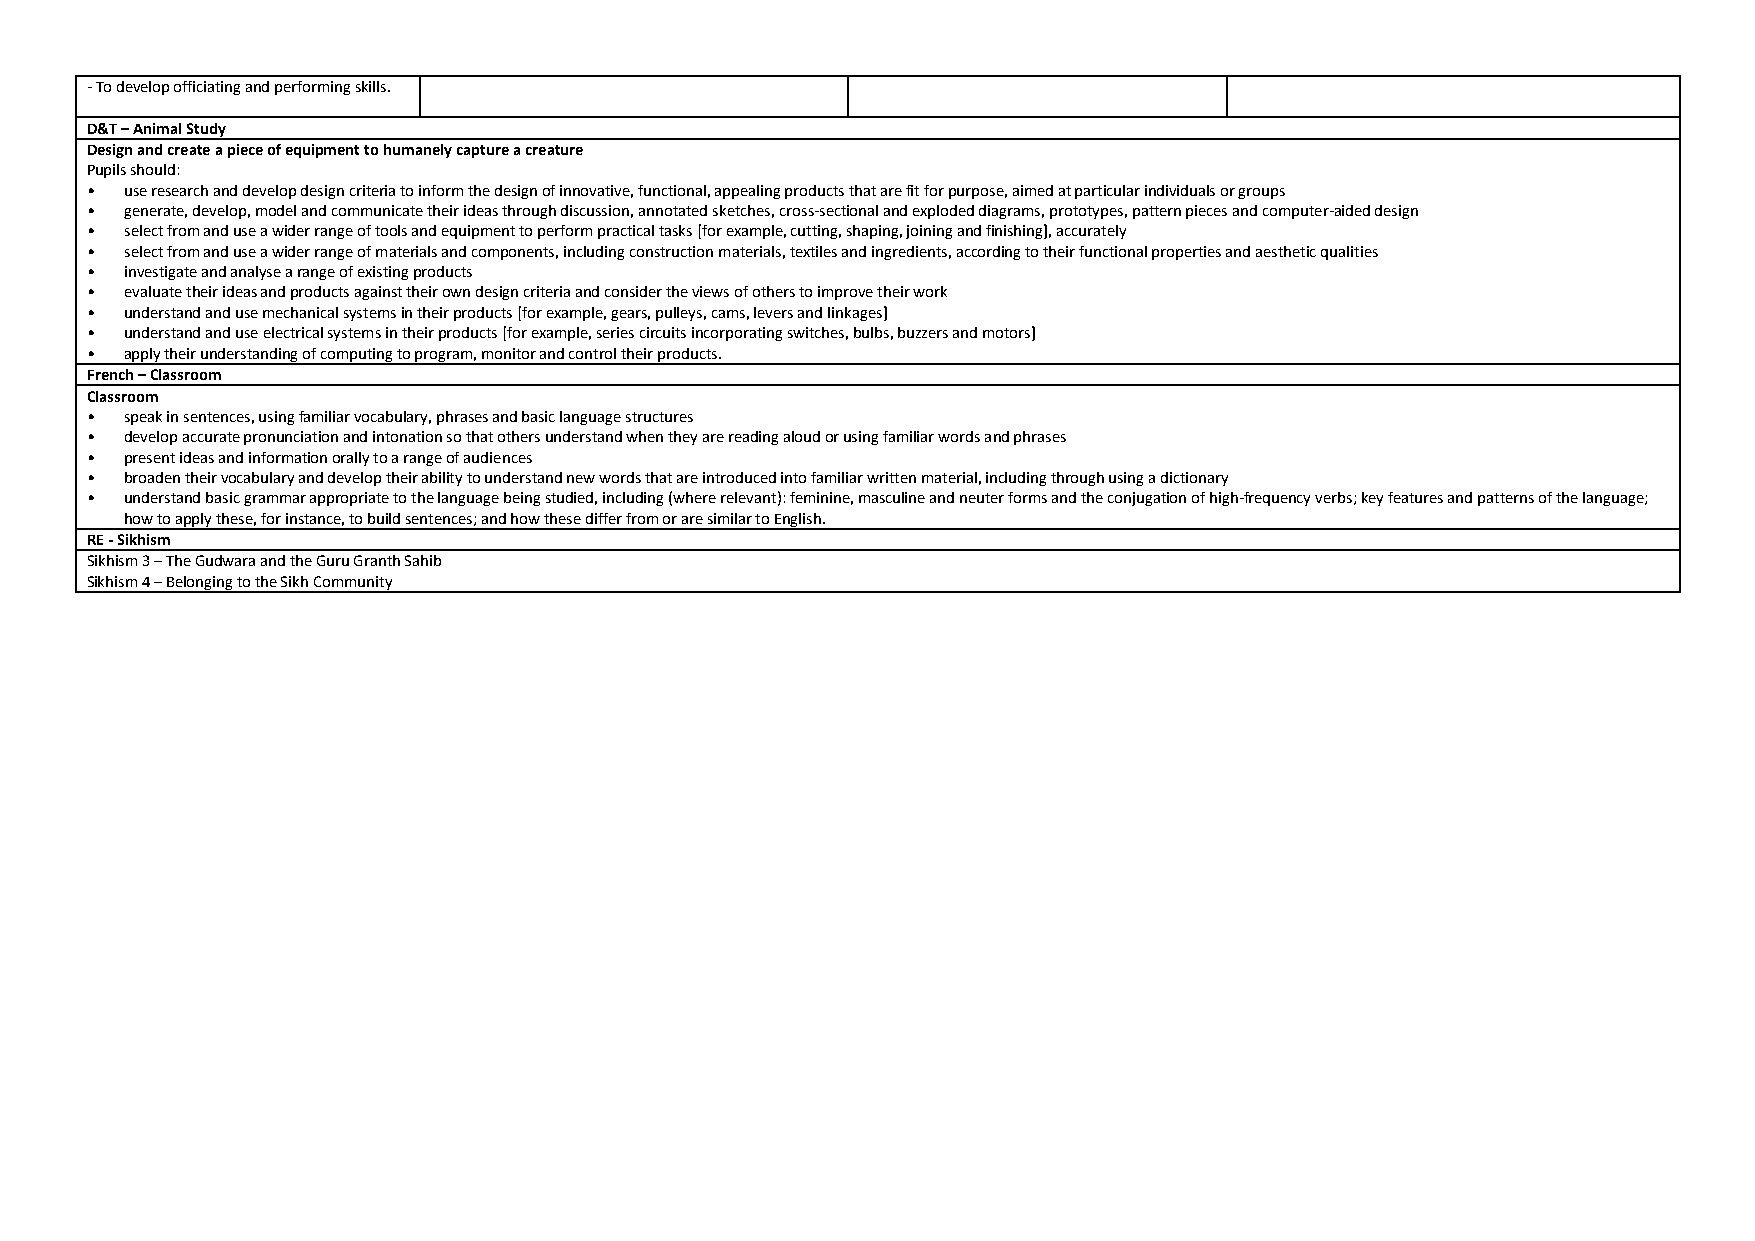
- To develop officiating and performing skills.
 D&T – Animal Study
 Design and create a piece of equipment to humanely capture a creature
 Pupils should:
 • use research and develop design criteria to inform the design of innovative, functional, appealing products that are fit for purpose, aimed at particular individuals or groups
 • generate, develop, model and communicate their ideas through discussion, annotated sketches, cross-sectional and exploded diagrams, prototypes, pattern pieces and computer-aided design
 • select from and use a wider range of tools and equipment to perform practical tasks [for example, cutting, shaping, joining and finishing], accurately
 • select from and use a wider range of materials and components, including construction materials, textiles and ingredients, according to their functional properties and aesthetic qualities
 • investigate and analyse a range of existing products
 • evaluate their ideas and products against their own design criteria and consider the views of others to improve their work
 • understand and use mechanical systems in their products [for example, gears, pulleys, cams, levers and linkages]
 • understand and use electrical systems in their products [for example, series circuits incorporating switches, bulbs, buzzers and motors]
 • apply their understanding of computing to program, monitor and control their products.
 French – Classroom
 Classroom
 • speak in sentences, using familiar vocabulary, phrases and basic language structures
 • develop accurate pronunciation and intonation so that others understand when they are reading aloud or using familiar words and phrases
 • present ideas and information orally to a range of audiences
 • broaden their vocabulary and develop their ability to understand new words that are introduced into familiar written material, including through using a dictionary
 • understand basic grammar appropriate to the language being studied, including (where relevant): feminine, masculine and neuter forms and the conjugation of high-frequency verbs; key features and patterns of the language;
 how to apply these, for instance, to build sentences; and how these differ from or are similar to English.
 RE - Sikhism
 Sikhism 3 – The Gudwara and the Guru Granth Sahib
 Sikhism 4 – Belonging to the Sikh Community